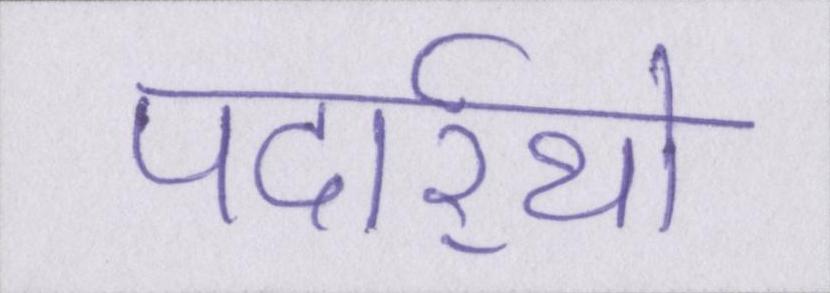
पदार्र्थो